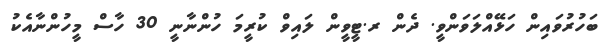
ބަހުރުވައިން ހަޅޭއްލަވަންވީ. ދެން ރ.ޓީވީން ލައިވް ކުރީމަ ހުންނާނީ 30 ހާސް މީހުންނާއެކު